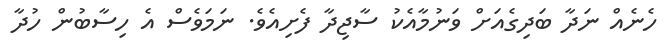
ހެނެއް ނަދާ ބަދިގެއަށް ވަނުމާއެކު ސާޖިދާ ފެށިއެވެ. ނަމަވެސް އެ ހިސާބުން ހުދާ